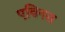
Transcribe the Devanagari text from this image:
एविनस